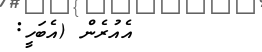
އެއުރެން (އެބަހީ: